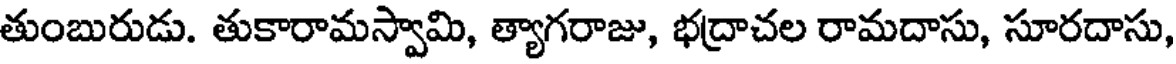
తుంబురుడు. తుకారామస్వామి, త్యాగరాజు, భద్రాచల రామదాసు, సూరదాసు,